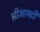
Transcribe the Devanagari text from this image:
सीआयटी